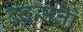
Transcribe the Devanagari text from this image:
द्रदसतो